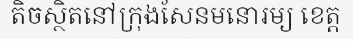
តិចស្ថិតនៅក្រុងសែនមនោរម្យ ខេត្ត